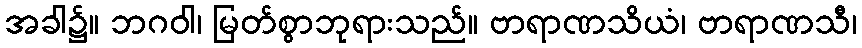
အခါ၌။ ဘဂဝါ၊ မြတ်စွာဘုရားသည်။ ဗာရာဏသိယံ၊ ဗာရာဏသီ၊